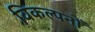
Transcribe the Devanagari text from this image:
विकल्पनों